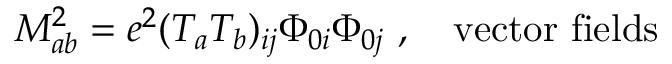
M _ { a b } ^ { 2 } = e ^ { 2 } ( T _ { a } T _ { b } ) _ { i j } \Phi _ { 0 i } \Phi _ { 0 j } \ , \ \ \ \mathrm { v e c t o r \ f i e l d s }